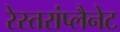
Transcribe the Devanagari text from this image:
रेस्तरांप्लैनेट